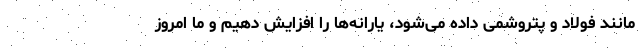
مانند فولاد و پتروشمی داده می‌شود، یارانه‌ها را افزایش دهیم و ما امروز